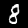
Label: 8